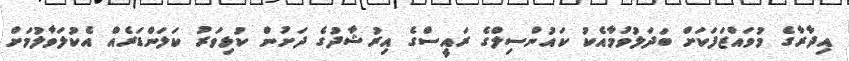
އިދާރާގެ މުވައްޒަފަކަށް ބަދަލުވުމާއެކު ކައުންސިލްގެ ރައީސްގެ އިރުޝާދުގެ ދަށުން ކުޅިވަރު ކަލަންޑަރެއް އެކުލަވާލުމަށް